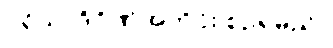
ပုရိသာဒိဂိုဏ်အတိုင်း စဉ်ရမည်။